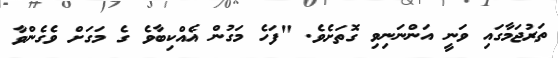
ތަރުޖަމާގައި ވަނީ އަންނަނިވި ގޮތަށެވެ. "ފަހެ މަގުން އެއްކިބާވެ ގެ މަގަށް ވެގެންވާ